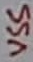
Text: VSS